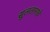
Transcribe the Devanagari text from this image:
सुलतानाचे